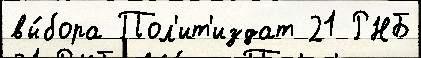
вы́бора Пол'ит'издат 21 РНБ